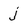
Character: j